Civil Veterinary Dept. Assam report 1927-50 - 1927-1950
Year: 1927
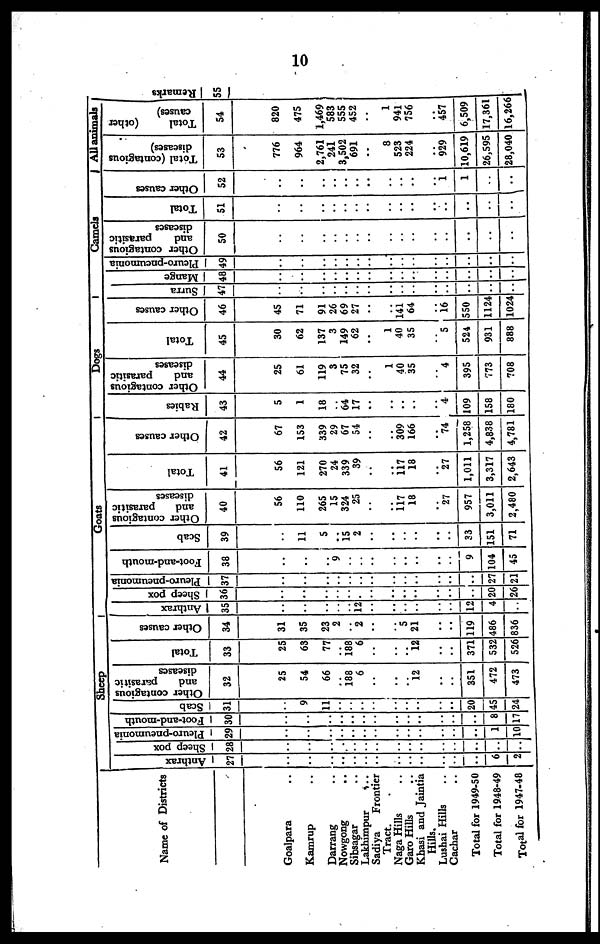
10
Name of Districts
Goalpara ..
Kamrup ..
Darrang ..
Nowgong ..
Sibsagar ..
Lakhimpur ..
Sadiya
Frontier
Tract. .
Naga Hills ..
Garo Hills ..
Khasi and Jaintia
Hills.
Lushai Hills ..
Cachar ..
Total for 1949-50
Total for 1948-49
Total for 1947-48
Sheep
Anthrax
27
..
..
..
..
..
..
..
..
.. ..
..
..
..
6
2
Sheep pox
28
..
..
..
..
..
..
..
..
.. ..
..
..
..
..
..
Pleuro-pneumonia
29
..
..
..
..
..
..
..
..
.. ..
..
..
..
1
10
Foot-and-mouth
30
..
..
..
..
..
..
..
..
.. ..
..
..
..
8
17
Scab
31
..
9
11
..
..
..
..
..
.. ..
..
..
20
45
24
Other contagious
and
parasitic
diseases
32
25
54
66
..
188
6
..
..
.. 12
..
..
351
472
473
Total
33
25
63
77
..
188
6
..
..
.. 12
..
..
371
532
526
Other causes
34
31
35
23
2
..
2
..
..
5
21
..
..
119
486
836
Goats
| Anthrax
35
..
..
..
..
..
12
..
..
.. ..
..
..
12
4
..
| Sheep pox
36
..
..
..
..
..
..
..
..
.. ..
..
..
..
20
26
Pleuro-pneumonia
37
..
..
..
..
..
..
..
..
.. ..
..
..
..
27
21
Foot-and-mouth
38
..
..
..
9
..
..
..
..
.. ..
..
..
9
104
45
Scab
39
..
11
5
..
15
2
..
..
.. ..
..
..
33
151
71
Other contagious
and
parasitic
diseases
40
56
110
265
15
324
25
..
..
117 18
.. 27
957
3,011
2,480
Total
41
56
121
270
24
339
39
..
..
117 18
.. 27
1,011
3,317
2,643
Other causes
42
67
153
339
29
67
54
..
..
309 166
.. 74
1,258
4,838
4,781
Dogs
Rabies
43
5
1
18
..
64
17
..
..
.. ..
.. 4
109
158
180
Other contagious
and
parasitic
diseases
44
25
61
119
3
75
32
..
1
40
35
.. 4
395
773
708
Total
45
30
62
137
3
149
62
..
1
40
35
.. 5
524
931
888
Other causes
46
45
71
91
26
69
27
..
..
141 64
.. 16
550
1124
1024
Camels
Surra
47
..
..
..
..
..
..
..
..
.. ..
..
..
..
..
..
| Mange
48
..
..
..
..
..
..
..
..
.. ..
..
..
..
..
..
Pleuro-pneumonia
49
..
..
..
..
..
..
..
..
.. ..
..
..
..
..
..
Other contagious
and
parasitic
diseases
50
..
..
..
..
..
..
..
..
.. ..
..
..
..
..
..
Total
51
..
..
..
..
..
..
..
..
.. ..
..
..
..
..
..
Other causes
52
..
..
..
..
..
..
..
..
.. ..
.. 1
1
..
..
All animals
Total (contagious
diseases)
53
776
964
2,761
241
3,502
691
..
8
523
224
.. 929
10,619
26,595
28,040
Total
(other
causes)
54
820
475
1,469
583
555
452
..
1
941
756
.. 457
6,509
17,361
16,266
Remarks
55